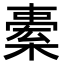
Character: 𣘯